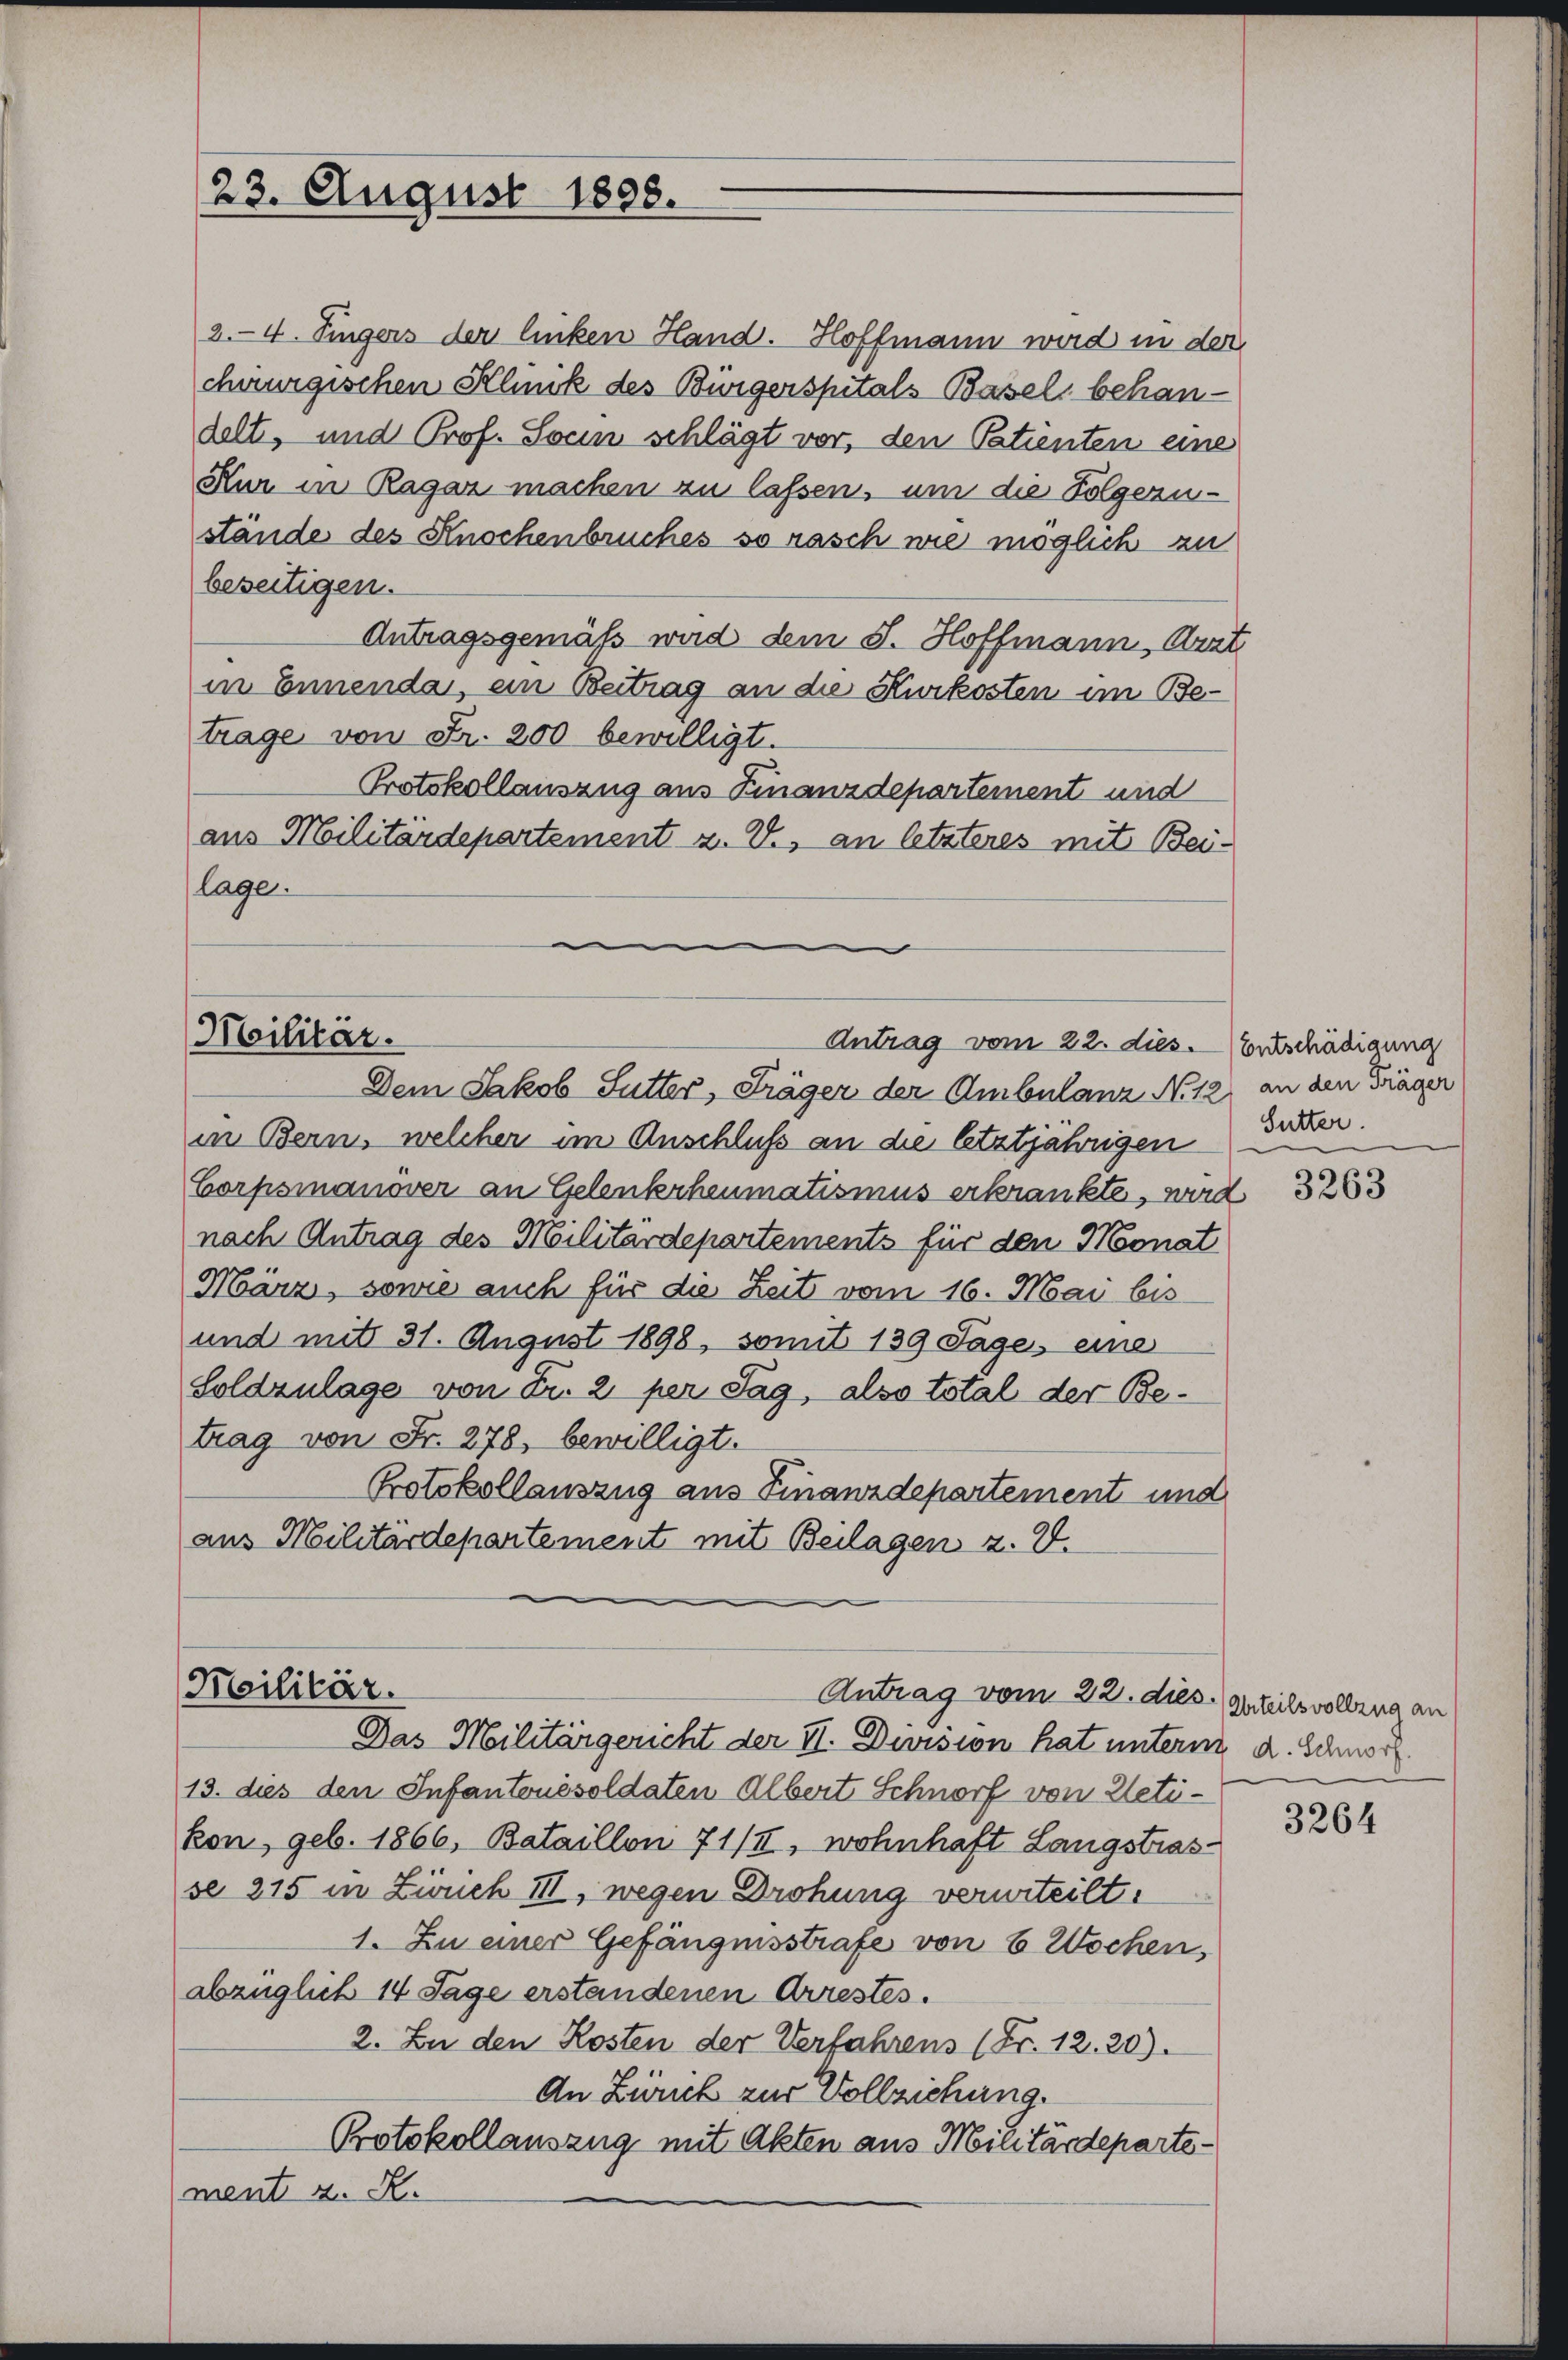
23. August 1898.

2.4. Fingers der linken Hand. Hoffmann wird in der
chirurgischen Klinik des Bürgerspitals Basel, behandelt, und Prof. Socin schlägt vor, den Patienten eine
Kur in Ragaz machen zu lassen, um die Folgerustände des Knochenbruches so rasch wie möglich zu
beseitigen.
Antragsgemäß wird dem S. Hoffmann, Arzt
in Ennenda, ein Beitrag an die Kurkosten im Betrage von Fr. 200 bewilligt.
Protokollauszug aus Finanzdepartement und
aus Militärdepartement u. V., an letzteres mit Bei-
lage.

Militär.

Antrag vom 22. dies. Entschädigung

Dem Jakob Sutter, Träger der Ambulanz No 12. an den Träger
in Bern, welcher im Anschluß an die letztjährigen
Corpsmanover an Gelenkscheumatismus erkrankte, wird
nach Antrag des Militärdepartements für den Monat
März, sowie auch für die Zeit vom 16. Mai bis
und mit 31. August 1898, somit 139 Tages eine
Soldzulage von Fr. 2. per Tag, also total der Betrag von Fr. 278, bewilligt.
Protokollauszug aus Finanzdepartement und
aus Militärdepartement mit Beilagen z. V.

Militär.
Antrag vom 22. dies. Anteilsvollzug an
Das Militärgericht der II. Division hat untern d. Schnorf

13. dies den Infantonesoldaten Albert Schnorf von Uetikon, geb. 1866, Bataillon 71/II, wohnhaft Langstrasse 215 in Zibuch III, wegen Drohung verurteilt.
1. Zu einer Gefängnisstrafe von 6 Wochen,
abzüglich 14 Tage erstandenen Arrestés.
2. In den Kosten der Verfahrens (Fr. 12. 20).
An Zürich zur Vollziehung.
Protokollauszug mit Akten aus Militärdepartement z. R.

Sutter.

3263

3264